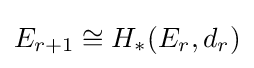
E_{r+1}\cong H_{*}(E_{r},d_{r})